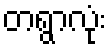
တရွာလုံး